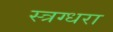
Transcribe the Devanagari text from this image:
स्त्रग्धरा